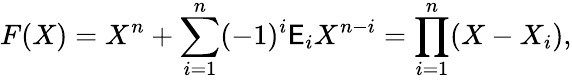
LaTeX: F(X)=X^{n}+\sum_{i=1}^{n}(-1)^{i}\mathsf{E}_{i}X^{n-i}=\prod_{i=1}^{n}(X-X_{i}),